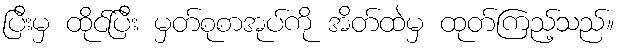
ပြီးမှ ထိုင်ပြီး မှတ်စုစာအုပ်ကို အိတ်ထဲမှ ထုတ်ကြည့်သည်။